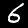
Label: 6